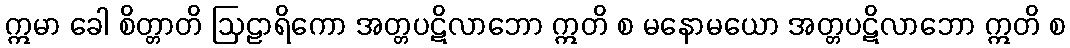
ဣမာ ခေါ စိတ္တာတိ ဩဠာရိကော အတ္တပဋိလာဘော ဣတိ စ မနောမယော အတ္တပဋိလာဘော ဣတိ စ